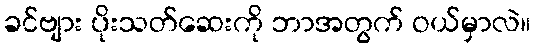
ခင်ဗျား ပိုးသတ်ဆေးကို ဘာအတွက် ဝယ်မှာလဲ။